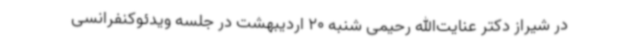
در شیراز دکتر عنایت‌الله رحیمی شنبه 20 اردیبهشت در جلسه ویدئوکنفرانسی